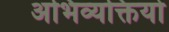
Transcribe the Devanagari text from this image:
अभिव्यक्तियो